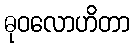
ဓုဝလောဟိတာ